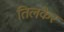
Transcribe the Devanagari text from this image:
तिलकेर